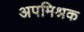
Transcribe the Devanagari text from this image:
अपमिश्रक